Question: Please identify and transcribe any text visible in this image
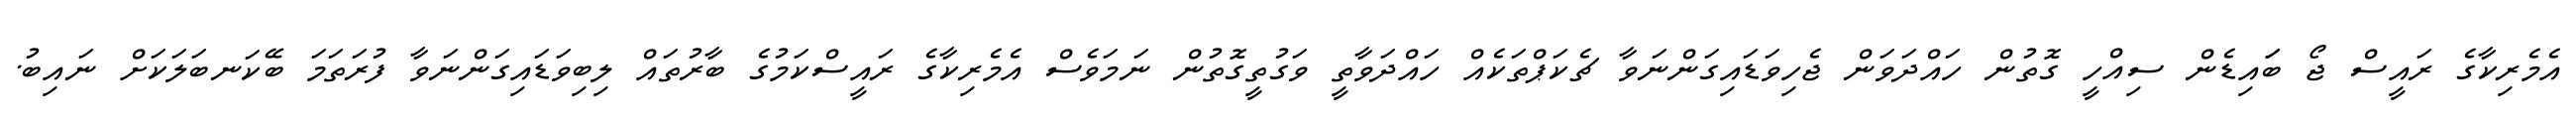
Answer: އެމެރިކާގެ ރައީސް ޖޯ ބަައިޑެން ސިއްހީ ގޮތުން ހައްދަވަން ޖެހިވަޑައިގަންނަވާ ޗެކަޕްތަކެއް ހައްދަވާތީ ވަގުތީގޮތުން ނަމަވެސް އެމެރިކާގެ ރައީސްކަމުގެ ބާރުތައް ލިބިވަޑައިގަންނަވާ ފުރަތަމަ ބޭކަނބަލަކަށް ނައިބު.